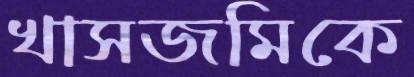
খাসজমিকে